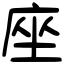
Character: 座